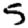
Digit: 5